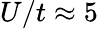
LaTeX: U/t\approx 5